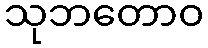
သုဘတောဝ